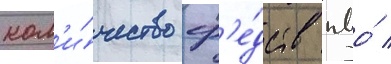
кол'и́чество ср'е́дств пво́ /